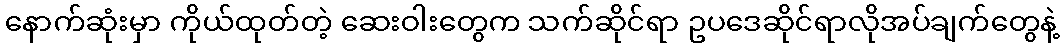
နောက်ဆုံးမှာ ကိုယ်ထုတ်တဲ့ ဆေးဝါးတွေက သက်ဆိုင်ရာ ဥပဒေဆိုင်ရာလိုအပ်ချက်တွေနဲ့